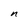
Character: n